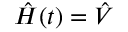
\hat { H } ( t ) = \hat { V }